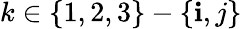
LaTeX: k\in\{ 1,2,3\} -\{ \mathbf{i},j\}